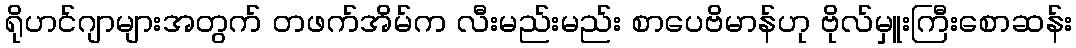
ရိုဟင်ဂျာများအတွက် တဖက်အိမ်က လီးမည်းမည်း စာပေဗိမာန်ဟု ဗိုလ်မှူးကြီးစောဆန်း